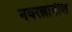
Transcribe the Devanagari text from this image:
नवरत्नांतील